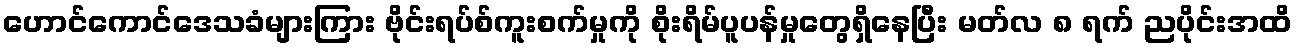
ဟောင်ကောင်ဒေသခံများကြား ဗိုင်းရပ်စ်ကူးစက်မှုကို စိုးရိမ်ပူပန်မှုတွေရှိနေပြီး မတ်လ ၈ ရက် ညပိုင်းအထိ